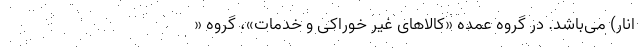
انار) می‌باشد. در گروه عمده «کالاهای غیر خوراکی و خدمات»، گروه «